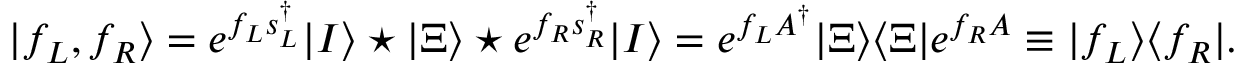
| f _ { L } , f _ { R } \rangle = e ^ { f _ { L } s _ { L } ^ { \dag } } | I \rangle \star | \Xi \rangle \star e ^ { f _ { R } s _ { R } ^ { \dag } } | I \rangle = e ^ { f _ { L } A ^ { \dag } } | \Xi \rangle \langle \Xi | e ^ { f _ { R } A } \equiv | f _ { L } \rangle \langle f _ { R } | .